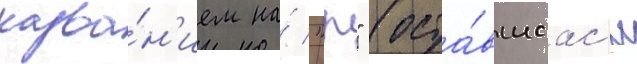
назва́н'ием на́ "р" (оста́вшаас'я